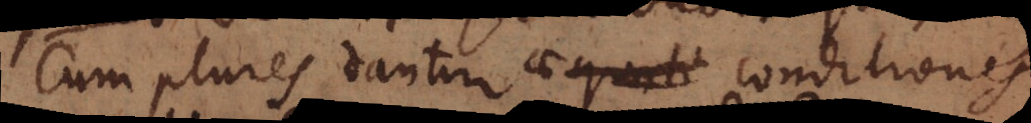
Cum plures dantur conditiones